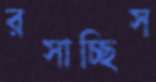
রসাচ্ছিস